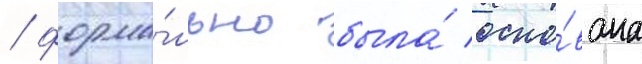
/ форма́льно была́ осно́вана